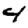
Digit: 4